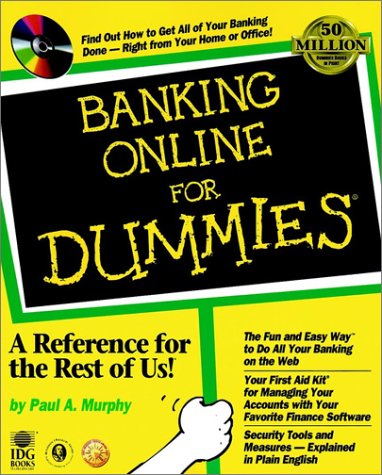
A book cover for Banking Online For Dummies (For Dummies (Lifestyles Paperback)); Paul A. Murphy; Computers & Technology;